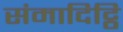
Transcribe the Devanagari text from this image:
संमादिट्ठि